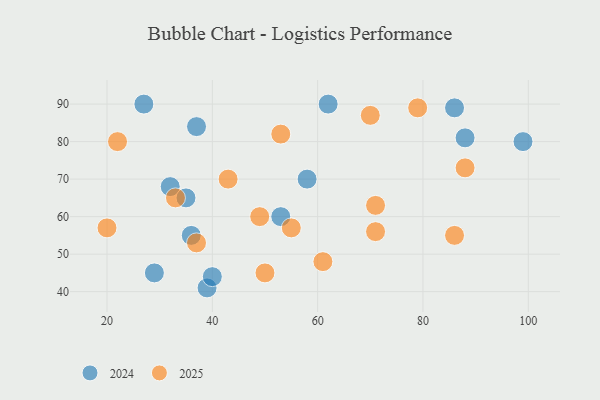
{"axis": {"x": "GDP", "y": "Life Expectancy"}, "legend": ["2024", "2025"], "data": [{"x": "88", "y": 73, "type": "2025"}, {"x": "33", "y": 65, "type": "2025"}, {"x": "55", "y": 57, "type": "2025"}, {"x": "43", "y": 70, "type": "2025"}, {"x": "70", "y": 87, "type": "2025"}, {"x": "49", "y": 60, "type": "2025"}, {"x": "61", "y": 48, "type": "2025"}, {"x": "22", "y": 80, "type": "2025"}, {"x": "71", "y": 63, "type": "2025"}, {"x": "20", "y": 57, "type": "2025"}, {"x": "53", "y": 82, "type": "2025"}, {"x": "71", "y": 56, "type": "2025"}, {"x": "50", "y": 45, "type": "2025"}, {"x": "86", "y": 55, "type": "2025"}, {"x": "79", "y": 89, "type": "2025"}, {"x": "37", "y": 53, "type": "2025"}, {"x": "36", "y": 55, "type": "2024"}, {"x": "27", "y": 90, "type": "2024"}, {"x": "32", "y": 68, "type": "2024"}, {"x": "99", "y": 80, "type": "2024"}, {"x": "86", "y": 89, "type": "2024"}, {"x": "62", "y": 90, "type": "2024"}, {"x": "58", "y": 70, "type": "2024"}, {"x": "39", "y": 41, "type": "2024"}, {"x": "29", "y": 45, "type": "2024"}, {"x": "88", "y": 81, "type": "2024"}, {"x": "40", "y": 44, "type": "2024"}, {"x": "35", "y": 65, "type": "2024"}, {"x": "37", "y": 84, "type": "2024"}, {"x": "53", "y": 60, "type": "2024"}]}